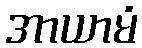
အာယာမံ